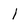
Character: I